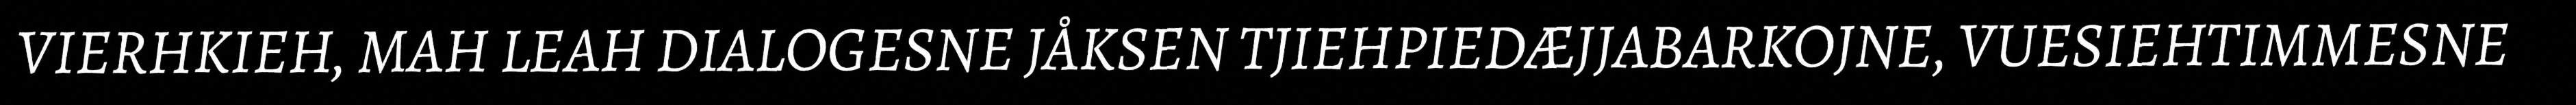
VIERHKIEH, MAH LEAH DIALOGESNE JÅKSEN TJIEHPIEDÆJJABARKOJNE, VUESIEHTIMMESNE